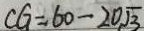
C G = 6 0 - 2 0 \sqrt { 3 }